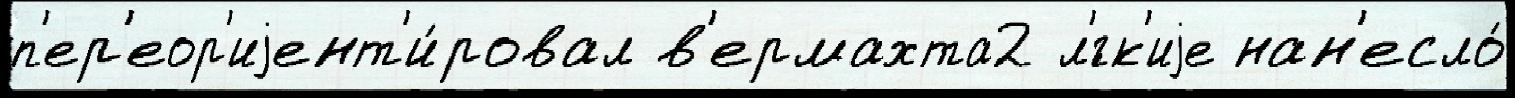
п'ер'еор'иjент'и́ровал в'ермахта2 л'́гк'иjе нан'есло́